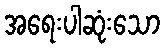
အရေးပါဆုံးသော